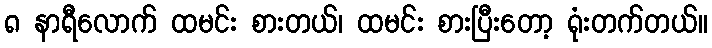
၈ နာရီလောက် ထမင်း စားတယ်၊ ထမင်း စားပြီးတော့ ရုံးတက်တယ်။